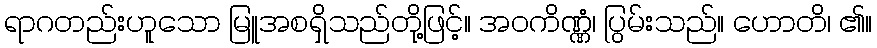
ရာဂတည်းဟူသော မြူအစရှိသည်တို့ဖြင့်။ အဝကိဏ္ဏံ၊ ပြွမ်းသည်။ ဟောတိ၊ ၏။